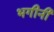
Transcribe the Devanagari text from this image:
भगीनी